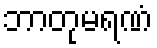
ဘာတုမရဏံ